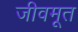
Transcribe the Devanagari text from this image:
जीवमूत